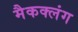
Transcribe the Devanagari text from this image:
मैकक्लंग